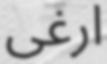
ارغى